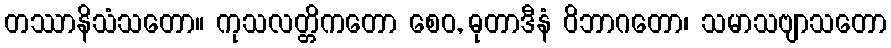
တဿာနိသံသတော။ ကုသလတ္တိကတော စေဝ, ဓုတာဒီနံ ဝိဘာဂတော၊ သမာသဗျာသတော